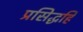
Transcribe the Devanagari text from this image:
प्रसिद्धहि